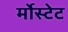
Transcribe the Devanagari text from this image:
र्मोस्टेट